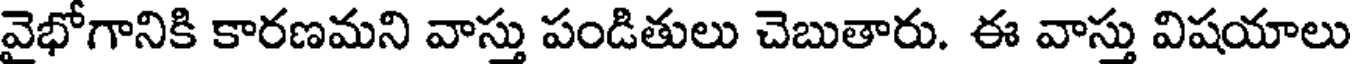
వైభోగానికి కారణమని వాస్తు పండితులు చెబుతారు. ఈ వాస్తు విషయాలు